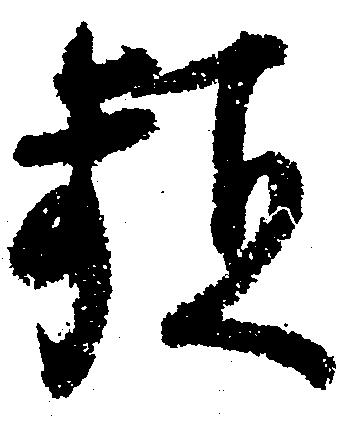
頻